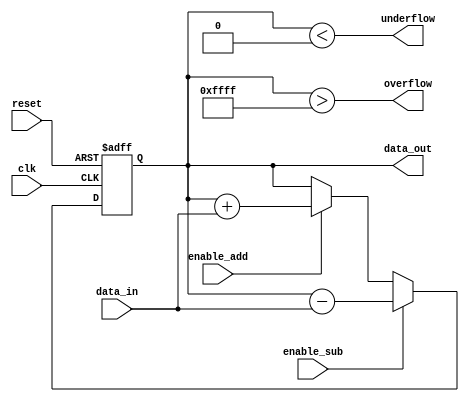
module FixedPointAccumulator (
    input wire clk, // Clock signal
    input wire reset, // Reset signal
    input wire [15:0] data_in, // Input data to be added/subtracted
    input wire enable_add, // Enable addition operation
    input wire enable_sub, // Enable subtraction operation
    output wire [15:0] data_out, // Output accumulator value
    output wire overflow, // Overflow flag
    output wire underflow // Underflow flag
);

reg [15:0] accumulator; // Register for holding accumulator value

always @(posedge clk or posedge reset) begin
    if (reset) begin
        accumulator <= 16'b0; // Reset accumulator value to zero
    end else begin
        if (enable_add) begin
            accumulator <= accumulator + data_in; // Perform addition operation
        end
        if (enable_sub) begin
            accumulator <= accumulator - data_in; // Perform subtraction operation
        end
    end
end

assign data_out = accumulator; // Output accumulator value
assign overflow = (accumulator > 65535); // Check for overflow condition
assign underflow = (accumulator < 0); // Check for underflow condition

endmodule